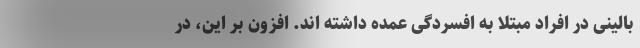
بالینی در افراد مبتلا به افسردگی عمده داشته اند. افزون بر این، در